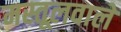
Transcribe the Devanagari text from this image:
मस्तूलवाले